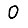
Digit: 0